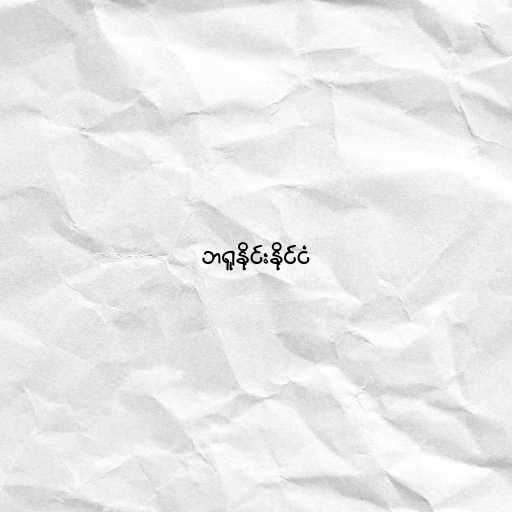
ဘရူနိုင်းနိုင်ငံ